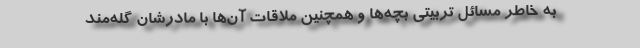
به خاطر مسائل تربیتی بچه‌ها و همچنین ملاقات آن‌ها با مادرشان گله‌مند